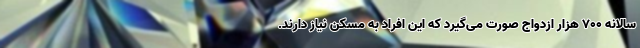
سالانه ۷۰۰ هزار ازدواج صورت می‌گیرد که این افراد به مسکن نیاز دارند.